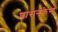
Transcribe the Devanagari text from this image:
शासनकेन्द्र